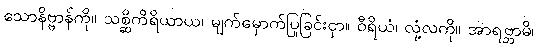
သောနိဗ္ဗာန်ကို။ သစ္ဆိကိရိယာယ၊ မျက်မှောက်ပြုခြင်းငှာ။ ဝီရိယံ၊ လုံ့လကို။ အာရဗ္ဘာမိ၊